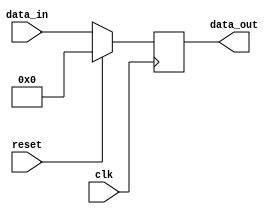
module multiplicand_n_divider_register(clk, reset, data_in, data_out);
    input [63:0] data_in;
    input clk, reset;
    output [63:0] data_out;
    reg [63:0] mul_div_reg;

    always @(posedge clk) begin
        if (reset) 
            mul_div_reg <= 64'd0;
        else 
            mul_div_reg <= data_in;
    end
    assign data_out = mul_div_reg;
endmodule